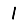
Digit: 1